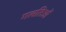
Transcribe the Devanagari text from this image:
गलतिओं